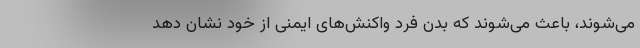
می‌شوند، ‌باعث می‌شوند که بدن فرد واکنش‌های ایمنی از خود نشان دهد